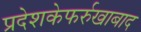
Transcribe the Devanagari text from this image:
प्रदेशकेफर्रुखाबाद